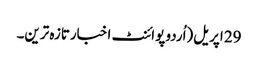
29 اپریل(اُردو پوائنٹ اخبارتازہ ترین۔